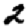
Digit: 2